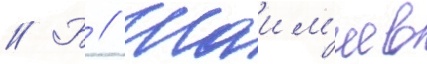
// Б // Шаим'иев